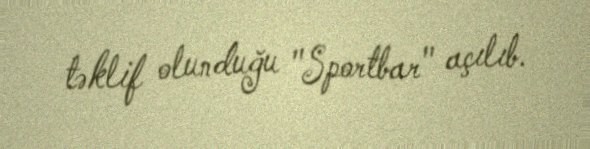
təklif olunduğu "Sportbar" açılıb.